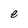
Character: e